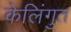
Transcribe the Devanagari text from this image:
केलिंगुत